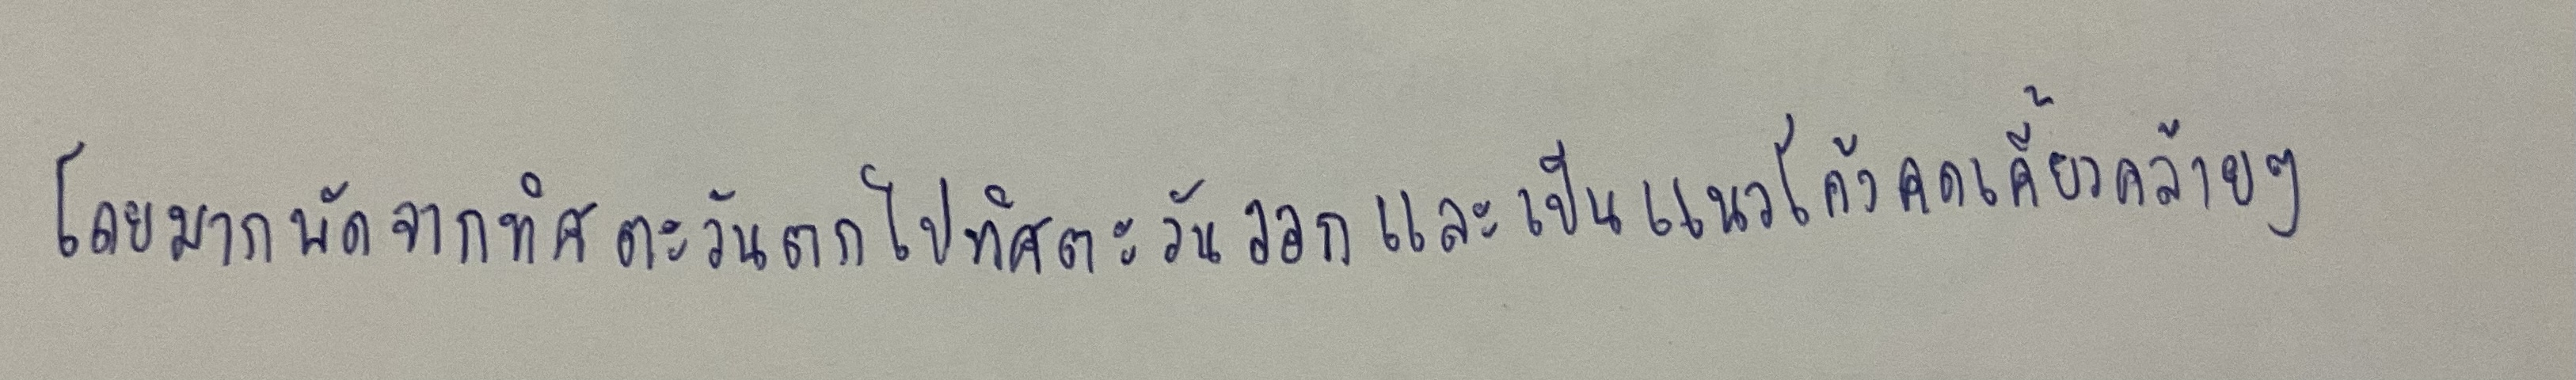
โดยมากพัดจากทิศตะวันตกไปทิศตะวันออกและเป็นแนวโค้งคดเคี้ยวคล้ายๆ